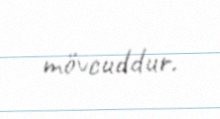
mövcuddur.